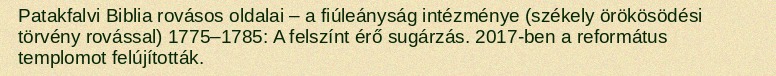
Patakfalvi Biblia rovásos oldalai – a fiúleányság intézménye (székely örökösödési törvény rovással) 1775–1785: A felszínt érő sugárzás. 2017-ben a református templomot felújították.